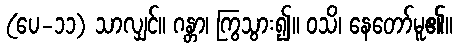
(ပေ-၁၁) သာလျှင်။ ဂန္တာ၊ ကြွသွား၍။ ဝသိ၊ နေတော်မူ၏။